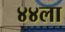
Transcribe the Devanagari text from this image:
४४ला